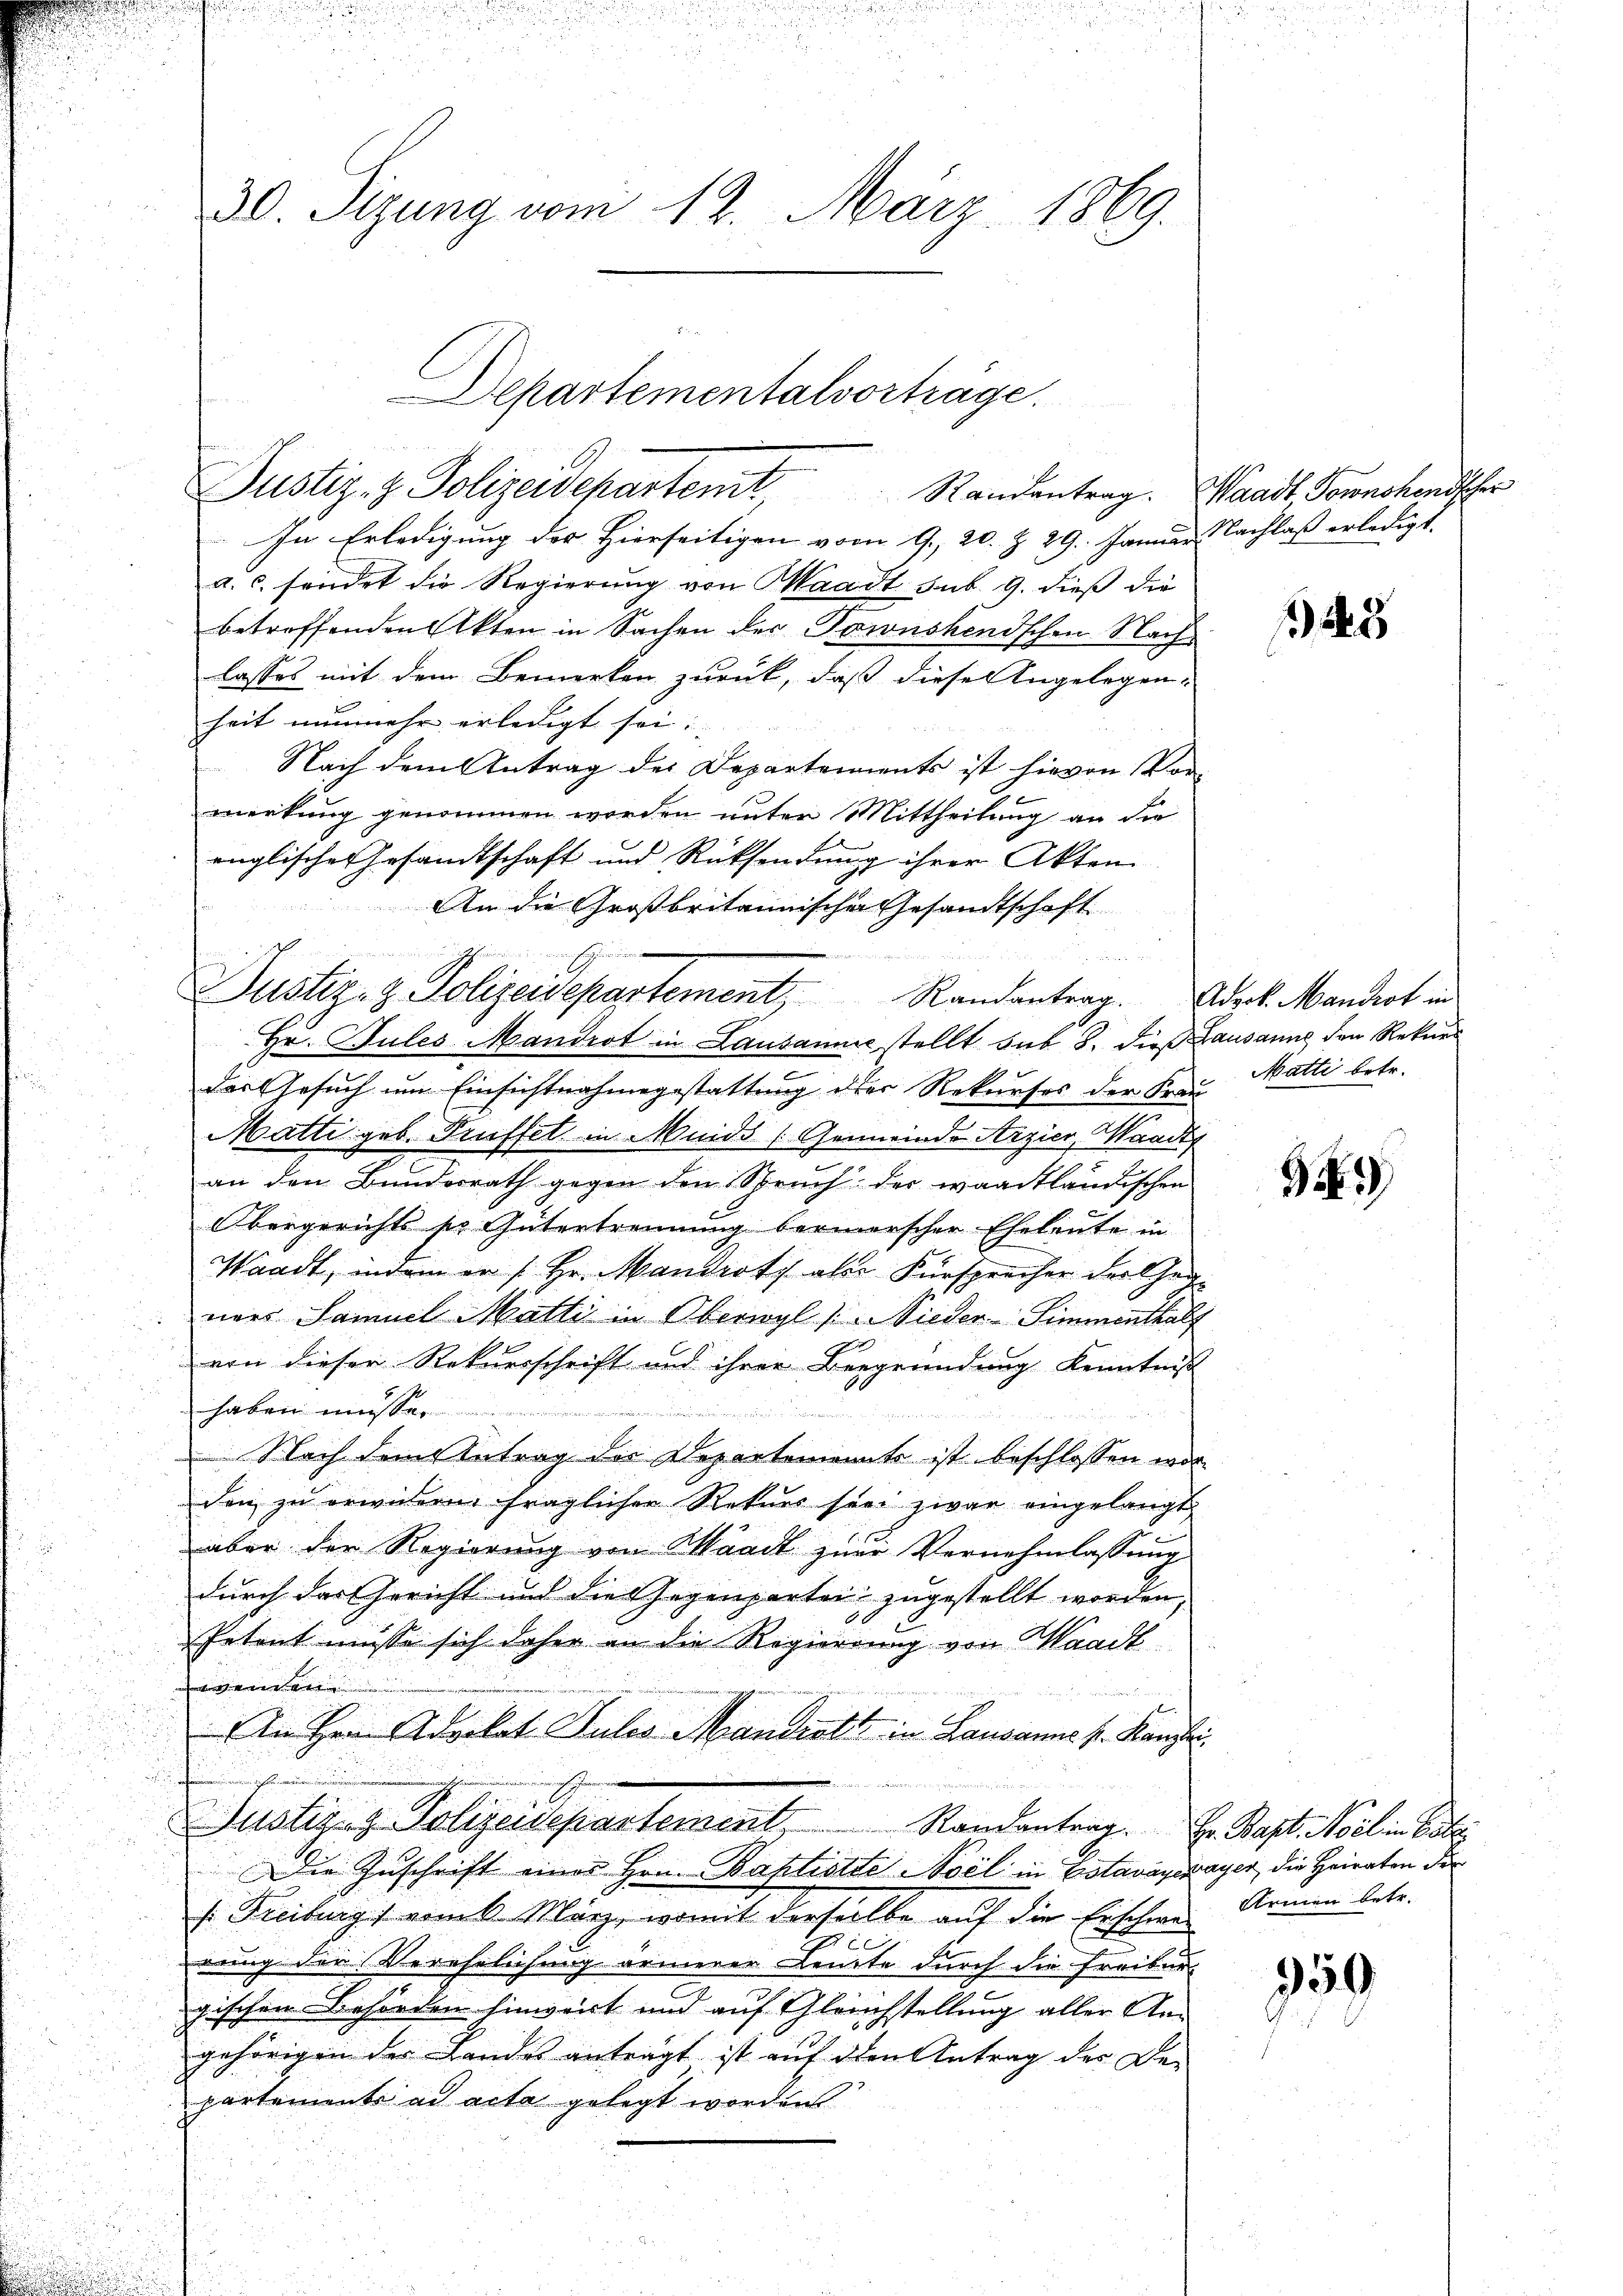
30. Sizung vom 12. März 1869.

Departementalvorträge.
Justiz- & Polizeidepartemt, Randantrag. Waadt Bonnchensher

In Erledigung der Hierseitigen vom 9. 20. Z. 29. Januar Nachlaß erledigt.
a. c. friedet die Regierung von Waadt sub. 9. dieß die
betreffenden Akten in Sachen der Townshendschen Nachlasses mit dem Bemerken zurück, daß diese Angelegen-
heit nunmehr erledigt sei.
Nach dem Antrag des Departements ist hievon Vor-
merkung genommen worden unter Mittheilung an die
englischen Gesandtschaft und Rücksendung ihrer Akten
ei
 Hr. Jules Mandert in Lausanne stellt sub 8. die Lausanne den Rekurs
des Gesuch um Einsichtnahmegestattung der Rekurses der Frei Matti betr.
Matti geb. Prüffet in Meids (Gemeinde Arzier, Waadt
an den Bundesrath gegen den Spruch der waadtländischen
Obergerichts ser Gütertrennung berierscher Eheleute in
Waadt, indem er /: Hr. Mandrotz aber Fürsprecher der Geg
ener Samuel Matti in Oberwyl (Mieder-Simmenthalf
von dieser Rekursschrift und ihrer Bergründung Kenntniß
haben müssen

Nach dem Antrag des Departements ist beschlossen wor-
den zu erwidern fraglicher Rekurs sei zwar eingelangt
aber der Regierung von Waadt zur Vernehmlassung
durch das Gericht und die Gegenpartei zugestellt worden,
Petent müsse sich daher an die Regierung von Waadt
en

In Hrn. Advokat Julos Mandist“ in Lausanne s. Kanzli
Justiz- & Polizeidepartement, Randentrag. Er Rast Mollin bet
Die Zuschrift einer Hrn. Baptistte vel in Estavayerayer, die Heiraten der
s: Freiburg) vom 6. März, womit derselbe auf die Erschwe-
rung der Verehelichung ärmerer Leute durch die Freibur-
gischen Behörden hinwert und auf Gleichstellung aller Angehörigen der Landes anträgt ist auf den Antrag des De-
partements ad acta gelegt worden

An die Großbritannischer Gesandtschaft
einen Erfindung
Justiz- & Polizeidepartement, Randantrag. Adrek. Mandert in

125

35

Arinen betr.

950